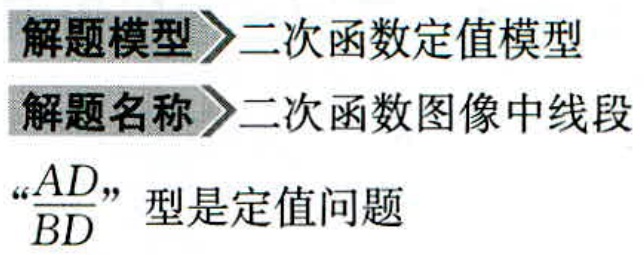
解题模型\rightarrow二次函数定值模型
解题名称\rightarrow二次函数图像中线段
“\(\frac{AD}{BD}\)”型是定值问题